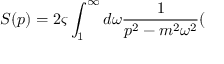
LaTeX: S ( p ) = 2 \varsigma \int _ { 1 } ^ { \infty } d \omega \frac { 1 } { p ^ { 2 } - m ^ { 2 } \omega ^ { 2 } } (